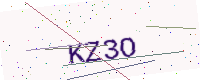
Text: KZ3O